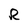
Character: R